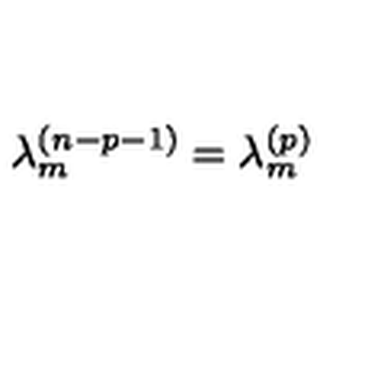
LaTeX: \lambda _ { m } ^ { ( n - p - 1 ) } = \lambda _ { m } ^ { ( p ) }